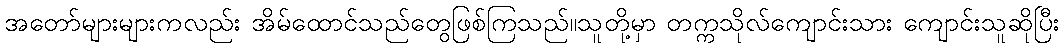
အတော်များများကလည်း အိမ်ထောင်သည်တွေဖြစ်ကြသည်။သူတို့မှာ တက္ကသိုလ်ကျောင်းသား ကျောင်းသူဆိုပြီး